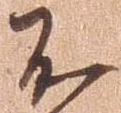
不